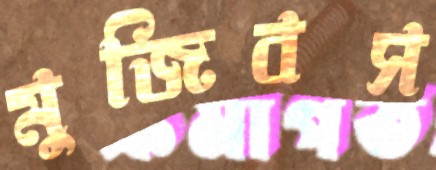
মুজিবস